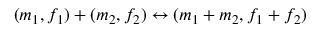
( m _ { 1 } , f _ { 1 } ) + ( m _ { 2 } , f _ { 2 } ) \leftrightarrow ( m _ { 1 } + m _ { 2 } , f _ { 1 } + f _ { 2 } )